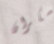
سكران